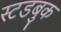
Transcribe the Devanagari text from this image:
स्टडबुक